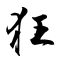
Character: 狂